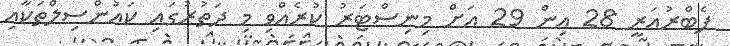
ފެބްރުއަރީ 28 އިން 29 އަށް މިނިސްޓަރު ކުރެއްވި މި ދަތުރުގައި ކައުންސިލްތަކާއި